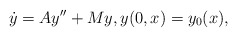
\begin{align*}\dot y=Ay''+My, y(0,x)=y_0(x),\end{align*}